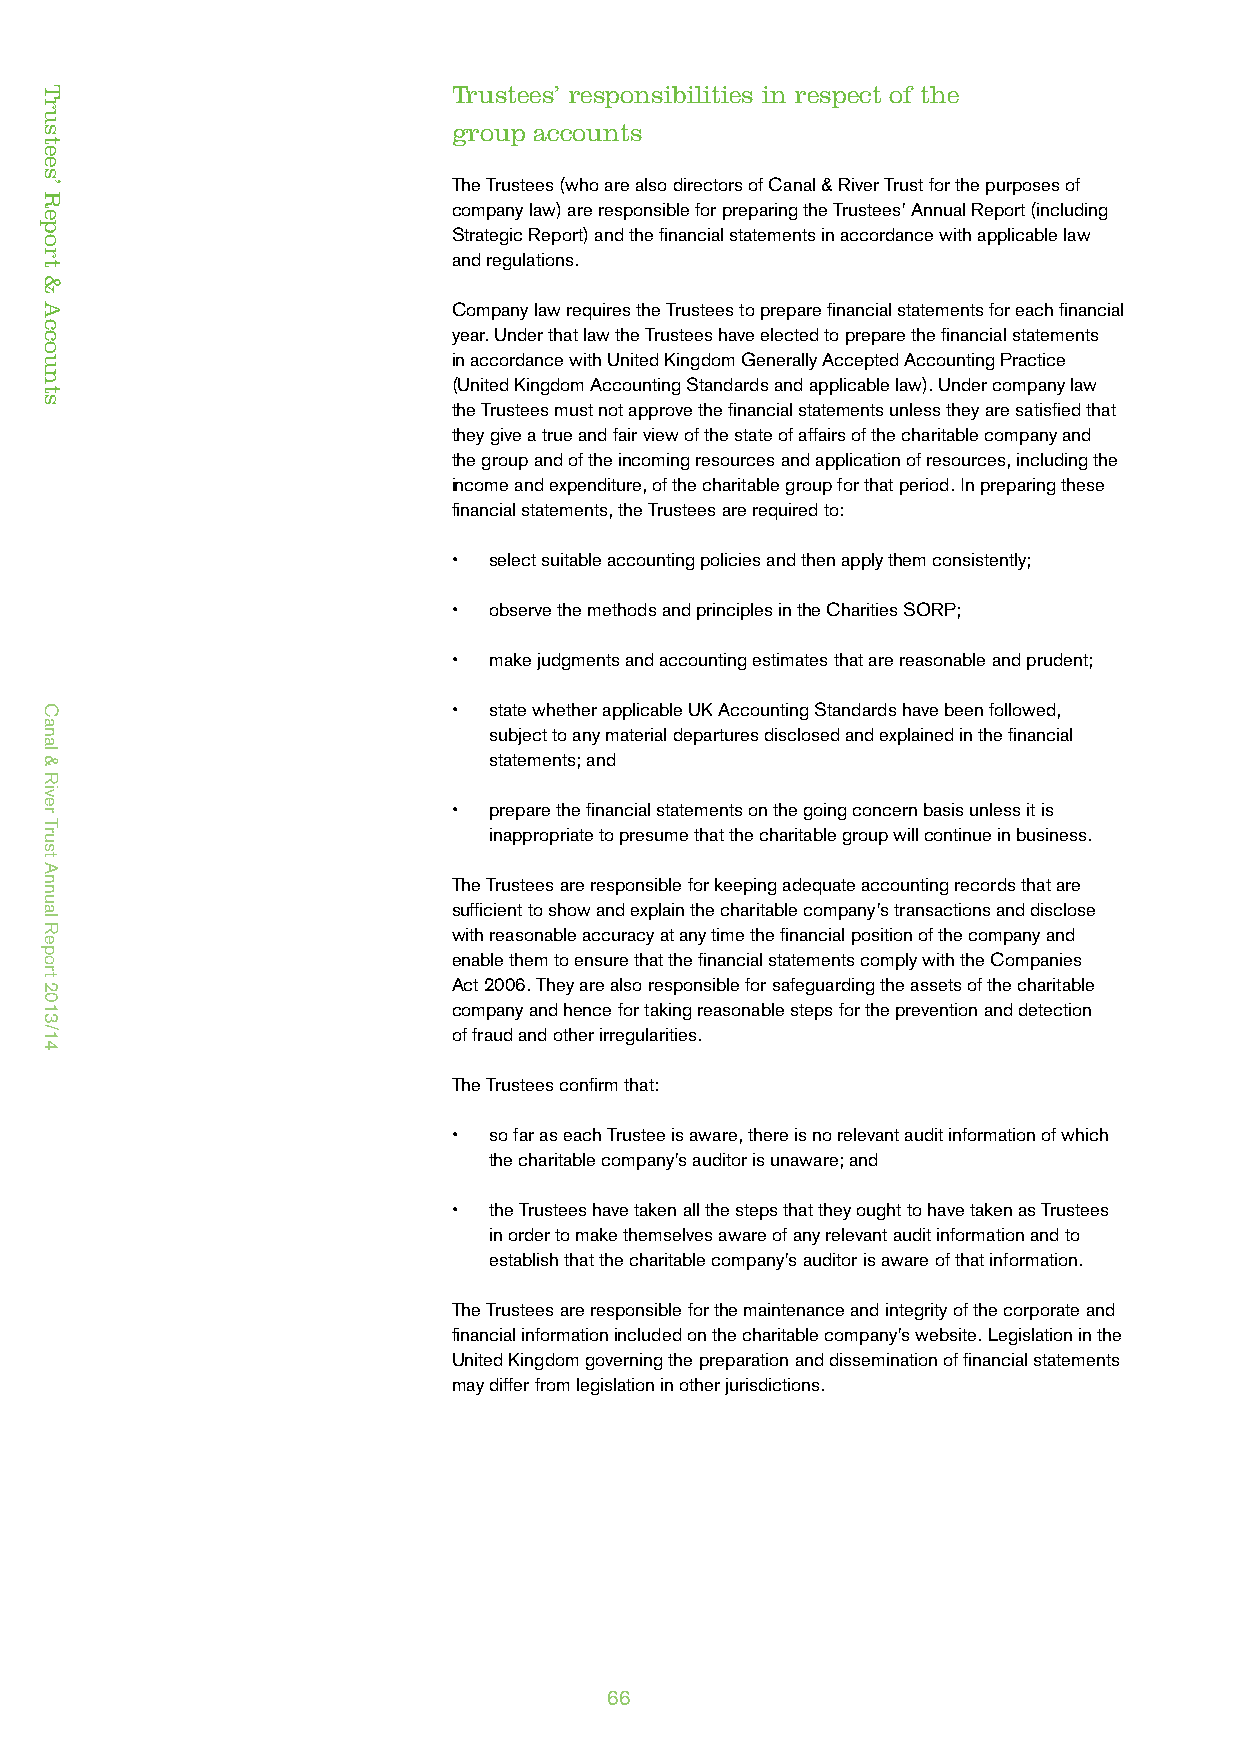
Trustees’ Report & Accounts
 Trustees’ responsibilities in respect of the
 group accounts
 The Trustees (who are also directors of Canal & River Trust for the purposes of
 company law) are responsible for preparing the Trustees’ Annual Report (including
 Strategic Report) and the financial statements in accordance with applicable law
 and regulations.
 Company law requires the Trustees to prepare financial statements for each financial
 year. Under that law the Trustees have elected to prepare the financial statements
 in accordance with United Kingdom Generally Accepted Accounting Practice
 (United Kingdom Accounting Standards and applicable law). Under company law
 the Trustees must not approve the financial statements unless they are satisfied that
 they give a true and fair view of the state of affairs of the charitable company and
 the group and of the incoming resources and application of resources, including the
 income and expenditure, of the charitable group for that period. In preparing these
 financial statements, the Trustees are required to:
 • select suitable accounting policies and then apply them consistently;
 • observe the methods and principles in the Charities SORP;
 • make judgments and accounting estimates that are reasonable and prudent;
 • state whether applicable UK Accounting Standards have been followed,
 subject to any material departures disclosed and explained in the financial
 statements; and
 • prepare the financial statements on the going concern basis unless it is
 inappropriate to presume that the charitable group will continue in business.
 The Trustees are responsible for keeping adequate accounting records that are
 sufficient to show and explain the charitable company’s transactions and disclose
 with reasonable accuracy at any time the financial position of the company and
 enable them to ensure that the financial statements comply with the Companies
 Act 2006. They are also responsible for safeguarding the assets of the charitable
 company and hence for taking reasonable steps for the prevention and detection
 of fraud and other irregularities.
 The Trustees confirm that:
 • so far as each Trustee is aware, there is no relevant audit information of which
 the charitable company’s auditor is unaware; and
 • the Trustees have taken all the steps that they ought to have taken as Trustees
 in order to make themselves aware of any relevant audit information and to
 establish that the charitable company’s auditor is aware of that information.
 The Trustees are responsible for the maintenance and integrity of the corporate and
 financial information included on the charitable company’s website. Legislation in the
 United Kingdom governing the preparation and dissemination of financial statements
 may differ from legislation in other jurisdictions.
 66
 Trustees’
 Report
 &
 Accounts
 Canal
 &
 River
 Trust
 Annual
 Report
 2013/14